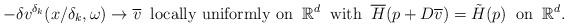
LaTeX: \begin{align*}-\delta v^{\delta_k}(x/\delta_k,\omega)\rightarrow\overline{v}\;\;\textrm{locally uniformly on}\;\;\mathbb{R}^d\;\;\textrm{with}\;\;\overline{H}(p+D\overline{v})=\tilde{H}(p)\;\;\textrm{on}\;\;\mathbb{R}^d.\end{align*}